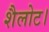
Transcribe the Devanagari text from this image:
शैलोट।